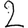
Digit: 2